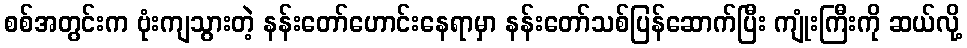
စစ်အတွင်းက ဗုံးကျသွားတဲ့ နန်းတော်ဟောင်းနေရာမှာ နန်းတော်သစ်ပြန်ဆောက်ပြီး ကျုံးကြီးကို ဆယ်လို့